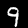
Digit: 9